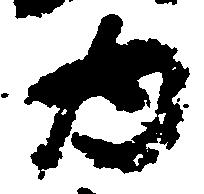
為